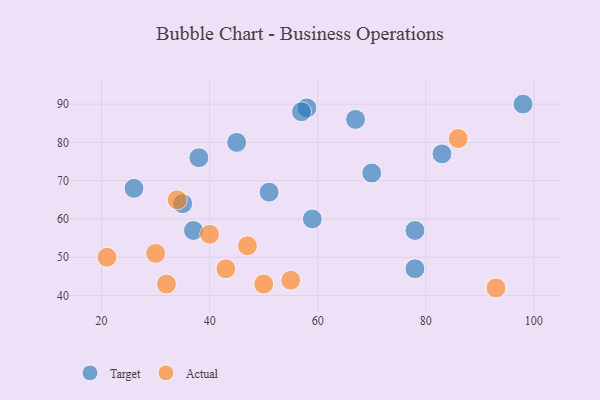
{"axis": {"x": "GDP", "y": "Life Expectancy"}, "legend": ["Actual", "Target"], "data": [{"x": "78", "y": 57, "type": "Target"}, {"x": "70", "y": 72, "type": "Target"}, {"x": "45", "y": 80, "type": "Target"}, {"x": "26", "y": 68, "type": "Target"}, {"x": "67", "y": 86, "type": "Target"}, {"x": "83", "y": 77, "type": "Target"}, {"x": "78", "y": 47, "type": "Target"}, {"x": "37", "y": 57, "type": "Target"}, {"x": "58", "y": 89, "type": "Target"}, {"x": "98", "y": 90, "type": "Target"}, {"x": "57", "y": 88, "type": "Target"}, {"x": "51", "y": 67, "type": "Target"}, {"x": "59", "y": 60, "type": "Target"}, {"x": "38", "y": 76, "type": "Target"}, {"x": "35", "y": 64, "type": "Target"}, {"x": "55", "y": 44, "type": "Actual"}, {"x": "50", "y": 43, "type": "Actual"}, {"x": "40", "y": 56, "type": "Actual"}, {"x": "47", "y": 53, "type": "Actual"}, {"x": "86", "y": 81, "type": "Actual"}, {"x": "93", "y": 42, "type": "Actual"}, {"x": "43", "y": 47, "type": "Actual"}, {"x": "34", "y": 65, "type": "Actual"}, {"x": "30", "y": 51, "type": "Actual"}, {"x": "21", "y": 50, "type": "Actual"}, {"x": "32", "y": 43, "type": "Actual"}]}